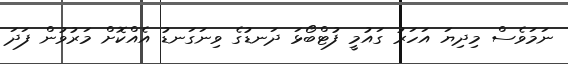
ނަމަވެސް މިދިޔަ އަހަރު ގައުމީ ފުޓްބޯޅަ ދަނޑުގެ ވިނަގަނޑު އެއްކޮށް މަރުވުން ފަދަ